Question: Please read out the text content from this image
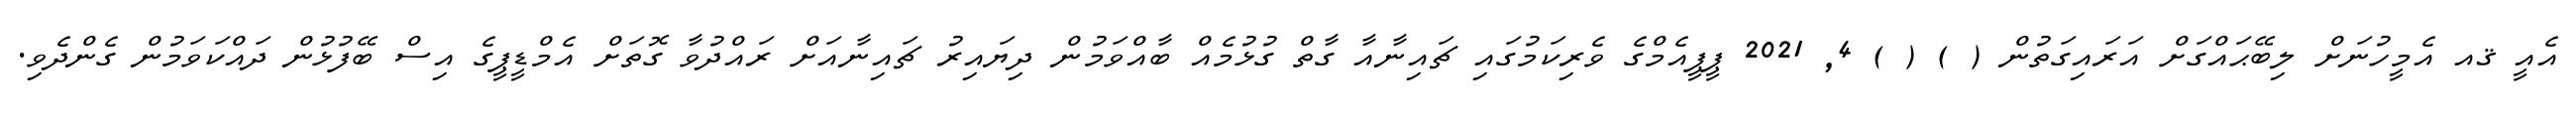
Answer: އެއީ ޤއ އެމީހުނަށް ލިބޭޙައްގަށް އަރައިގަތުން ( ) ( ) 4, 2021 ޕީޕީއެމްގެ ވެރިކަމުގައި ޗައިނާއާ ގާތް ގުޅުމެއް ބާއްވަމުން ދިޔައިރު ޗައިނާއަށް ރައްދުވާ ގޮތަށް އެމްޑީޕީގެ އިސް ބޭފުޅުން ދައްކަވަމުން ގެންދެވި.